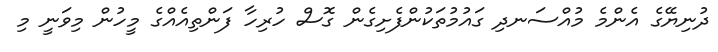
ދުނިޔޭގެ އެންމެ މުއްސަނދި ގައުމުތަކުންފެށިގެން ގޮސް ހުރިހާ ފަންތިއެއްގެ މީހުން މިވަނީ މި